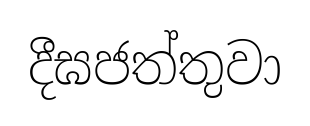
දීඝජත්තුවා